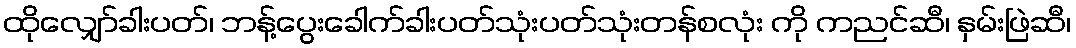
ထိုလျှော်ခါးပတ်၊ ဘန့်ပွေးခေါက်ခါးပတ်သုံးပတ်သုံးတန်စလုံး ကို ကညင်ဆီ၊ နှမ်းဖြဲဆီ၊